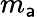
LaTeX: m_{\mathsf{a}}